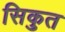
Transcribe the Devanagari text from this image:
सिकुत